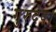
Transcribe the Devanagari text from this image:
गुरुदेव।